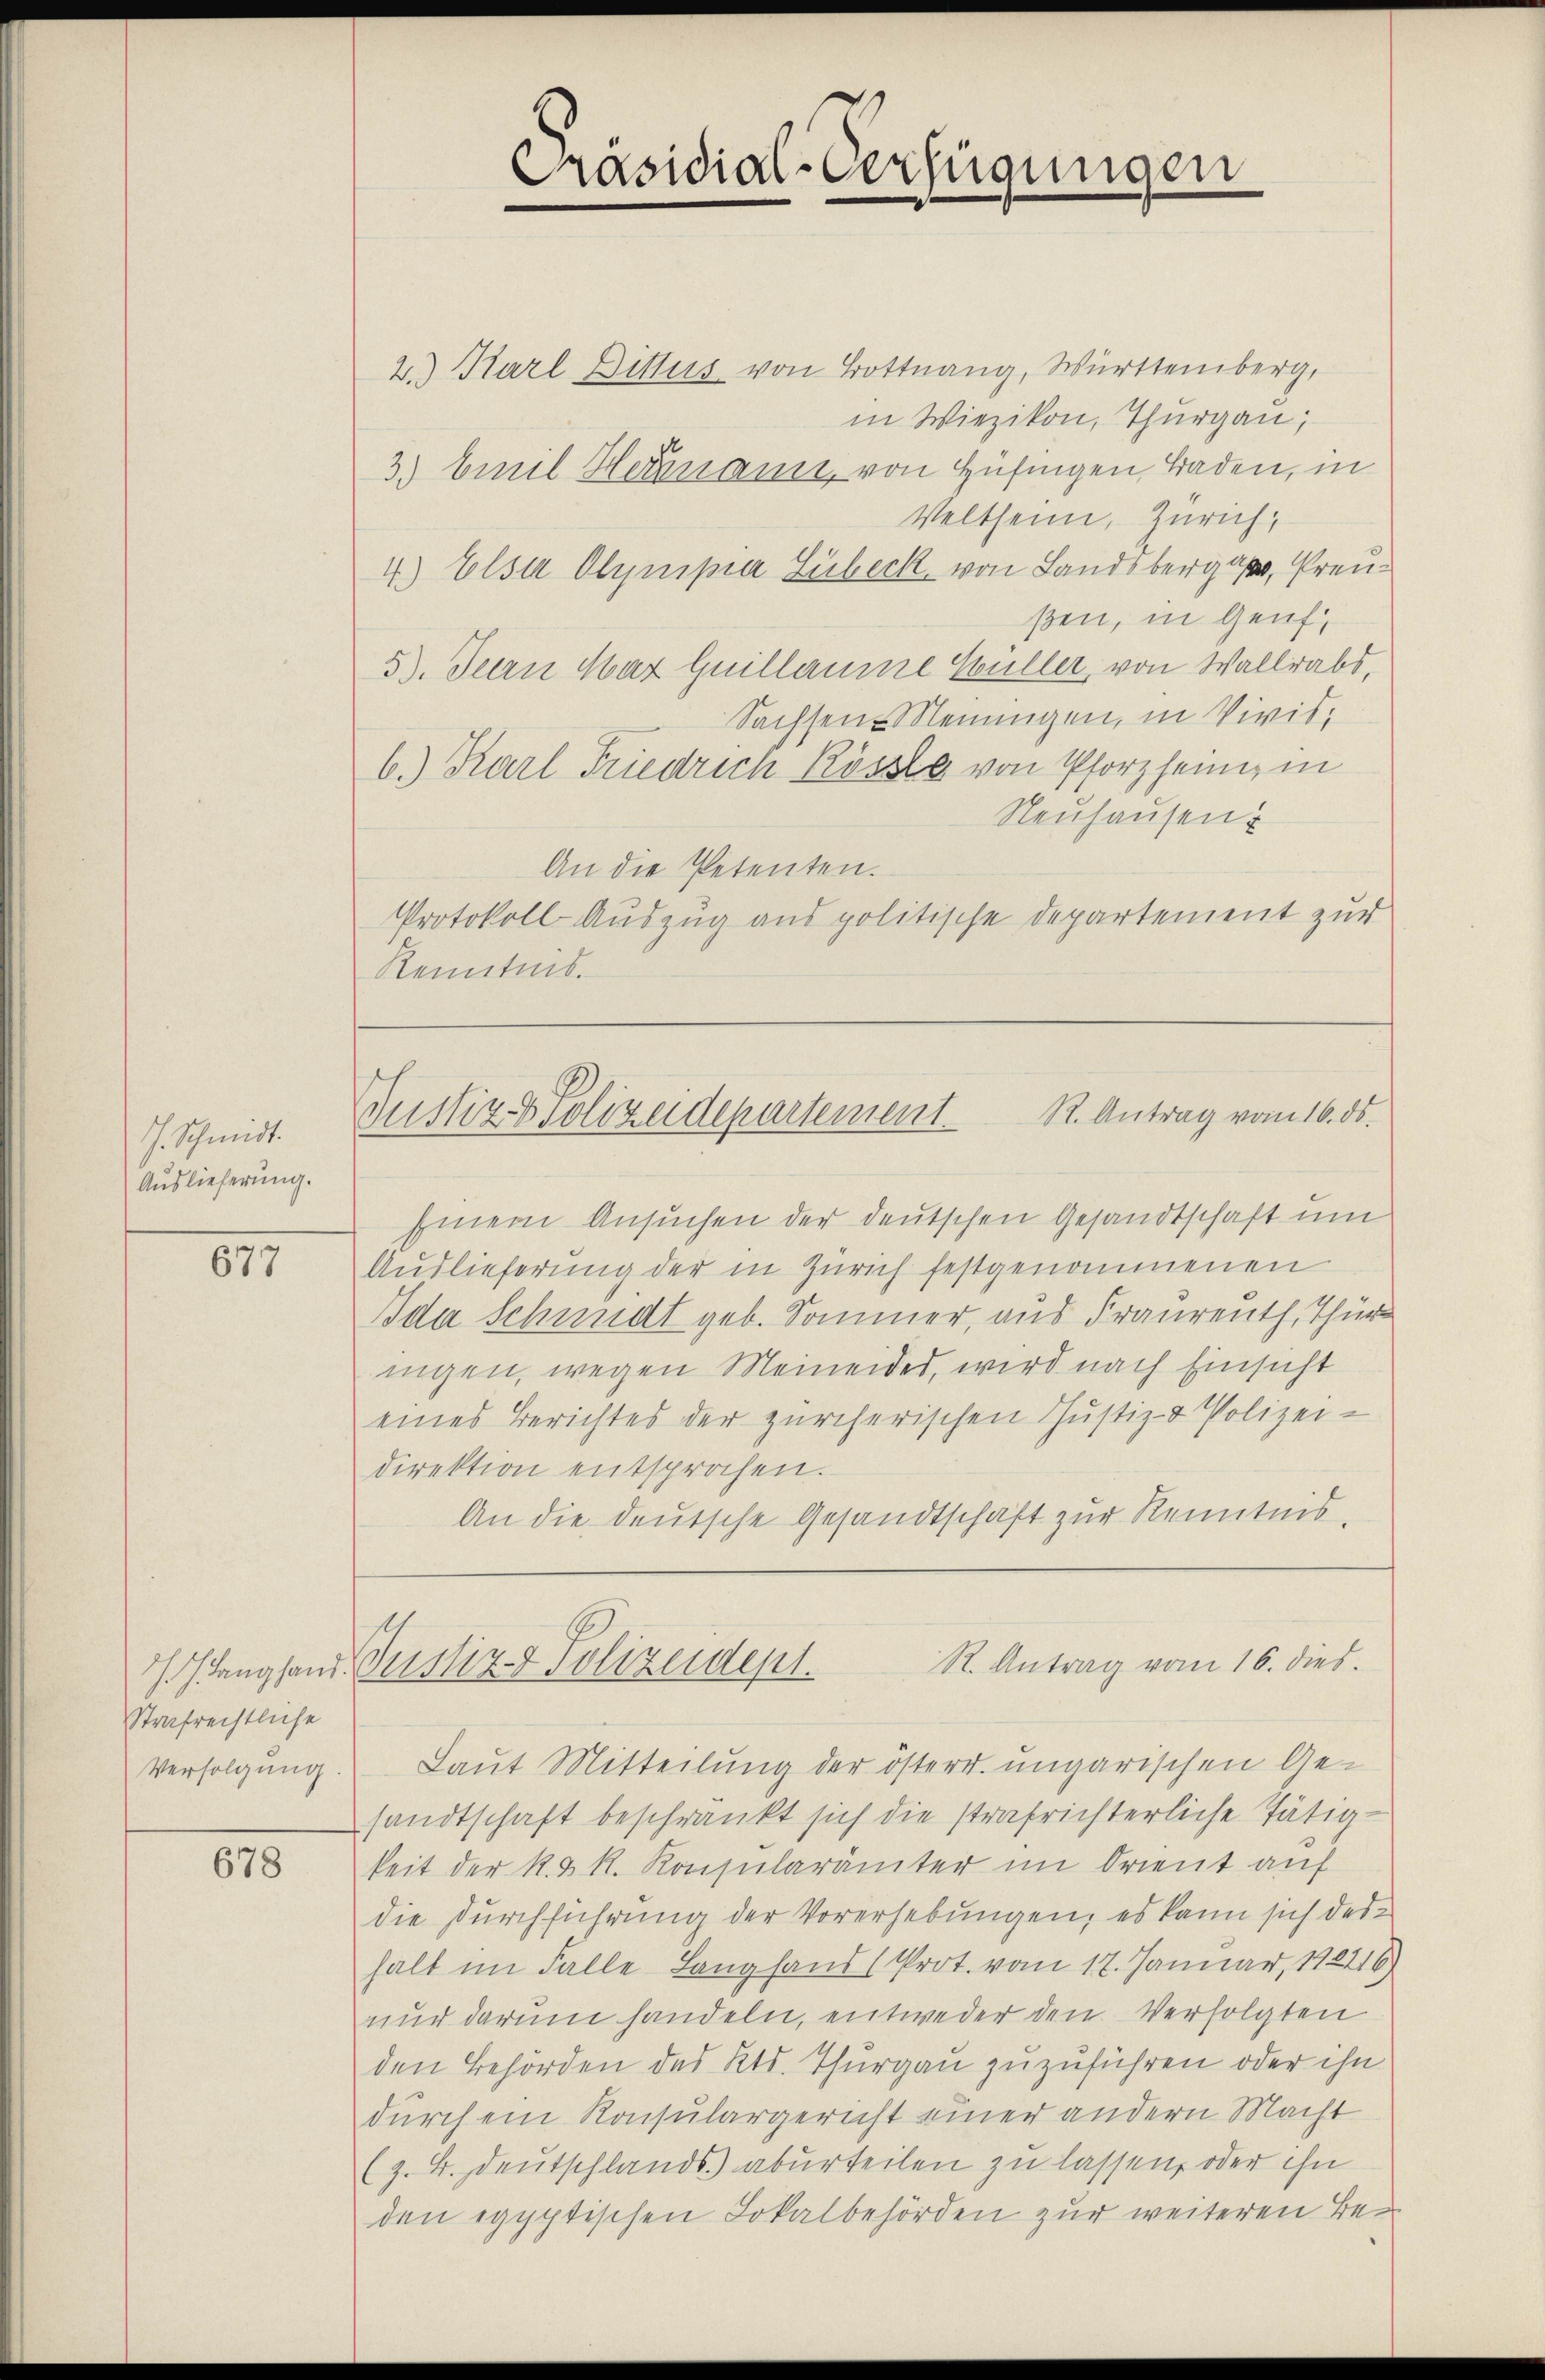
J. Schmidt.
Auslieferung.

677

Strafrechtliche
Verfolgung.

678

Präsidial-Verfügungen

2) Karl Dittus von Bottnang, Württemberg,
in Wiezikon, Thurgau;
3.) Emil Hermann von Hüfingen, Baden, in
Veltheim, Zürich,
4.) Elsa Olympia Lübeck von Landsbergaße, Preußen, in Genf
5). Fern Maz Guillaume Hüller, von Wallrabs,
Sachsen-Meinungen, in Vivis,
b.) Karl Friedrich Kösste von Pforzheim, in
Neuhausen
An die Petenten.
Protokoll Auszug aus politische Departement zur
Kenntnis.

R. Antrag vom 16. ds.
Justiz & Polizeidepartement.

hinein Ansuchen der deutschen Gesandtschaft um
Auslieferung der in Zürich festgenommenen
Ida Schmidt geb. Sommer, aus Frauen, Thür
nigen, wegen Meineides, wird nach Einsicht
eines Berichtes der zürcherischen Justiz- & Polizei-
direktion entsprochen.
An die deutsche Gesandtschaft zur Kenntnis,
Laut Mitteilung der österr. ungarischen Gesandtschaft beschränkt sich die strafrichterliche Tätig
keit der k. k. k. Konsularämter im Orient auf
die Durchführung der Vorerhebungen, es kann sich deshalt im Falle Lang fand (Prot. vom 17. Januar, 182416)
nur darum handeln, entweder den Verfolgten
den Behörden des Kts. Thurgau zuzuführen oder ihn
durch ein Konsulargericht einer andern Macht
(z. B. Deutschlands aburteilen zu lassen, oder ihn
den egyptischen Lokalbehörden zur weiteren Be¬

R. Antrag vom 16. dies
Islangland. Justiz- & Polizeidept.